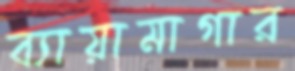
ব্যায়ামাগার